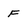
Character: F